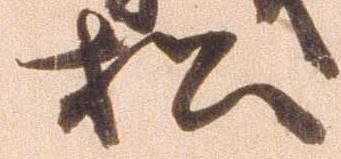
松